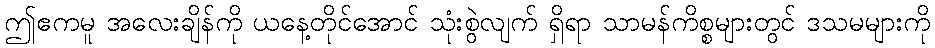
ဤဧကမူ အလေးချိန်ကို ယနေ့တိုင်အောင် သုံးစွဲလျက် ရှိရာ သာမန်ကိစ္စများတွင် ဒသမများကို